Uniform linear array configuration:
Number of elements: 4
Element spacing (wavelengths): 0.25
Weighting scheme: binomial
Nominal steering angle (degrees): -60
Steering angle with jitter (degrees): -59.599
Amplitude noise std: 0.05
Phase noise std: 0.05

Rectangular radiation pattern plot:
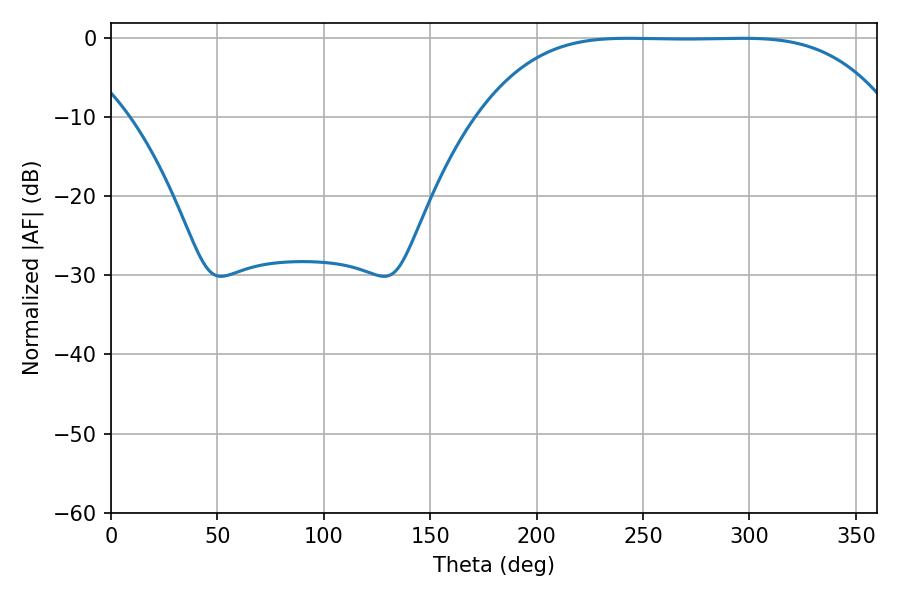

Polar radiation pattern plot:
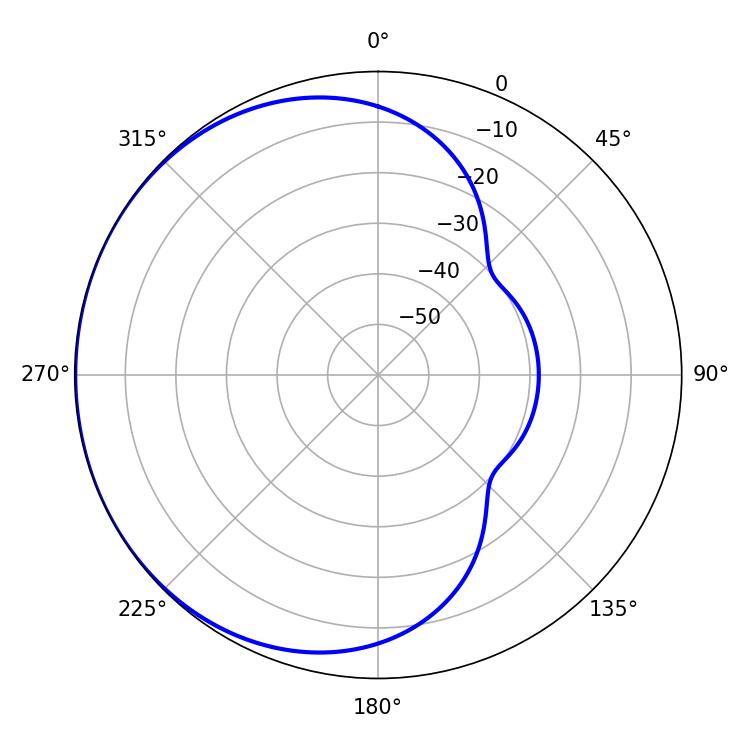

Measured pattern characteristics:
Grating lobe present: FALSE
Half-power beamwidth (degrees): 146.52
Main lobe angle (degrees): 243.18